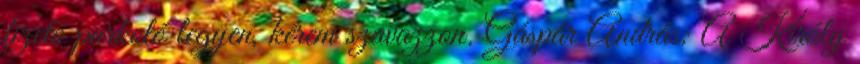
fizető parkoló legyen, kérem szavazzon. Gáspár András: A Király